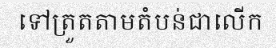
ទៅត្រួតតាមតំបន់ជាលើក